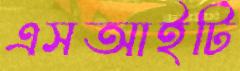
এসআইটি